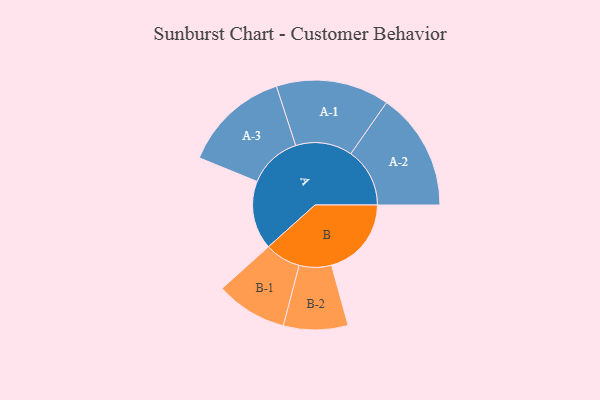
{"axis": {"x": "Segment", "y": "Value"}, "legend": ["", "A", "B"], "data": [{"x": "A", "y": 328, "type": ""}, {"x": "B", "y": 382, "type": ""}, {"x": "A-1", "y": 271, "type": "A"}, {"x": "A-2", "y": 282, "type": "A"}, {"x": "A-3", "y": 255, "type": "A"}, {"x": "B-1", "y": 171, "type": "B"}, {"x": "B-2", "y": 154, "type": "B"}]}